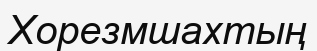
Хорезмшахтың